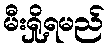
မီးရှို့ရမည်